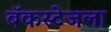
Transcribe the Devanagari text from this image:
बॅकस्टेजला